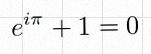
e^{i\pi}+1=0